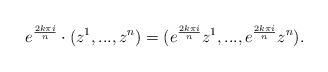
LaTeX: \begin{align*}e^{\frac{2k\pi i}{n}} \cdot(z^{1},...,z^{n})=(e^{\frac{2k\pi i}{n}}z^{1},...,e^{\frac{2k\pi i}{n}}z^{n}).\end{align*}